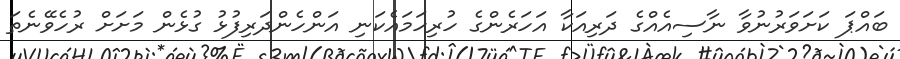
ބައްޕަ ކަށަވަރުނުވާ ނާސިއެއްގެ ދަރިއަކާ އަހަރެންގެ ހުރިހަމައެކަނި އަންހެންދަރިފުޅު ގުޅެން މަށަށް ރުހެވޭނެތަ